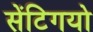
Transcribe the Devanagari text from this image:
सेंटिगयो